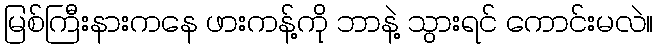
မြစ်ကြီးနားကနေ ဖားကန့်ကို ဘာနဲ့ သွားရင် ကောင်းမလဲ။